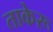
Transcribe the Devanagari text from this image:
ताकेरू